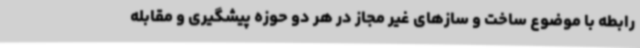
رابطه با موضوع ساخت و سازهای غیر مجاز در هر دو حوزه پیشگیری و مقابله